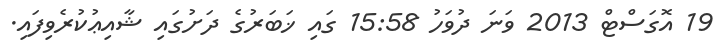
19 އޮގަސްޓް 2013 ވަނަ ދުވަހު 15:58 ގައި ޚަބަރުގެ ދަށުގައި ޝާއިޢުކުރެވިފައި.